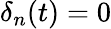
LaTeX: \delta_{n}(t)=0